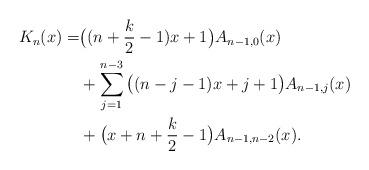
LaTeX: \begin{align*}K_n(x)=& \big((n+\frac{k}{2}-1)x+1\big)A_{n-1,0}(x) \\& + \sum_{j=1}^{n-3}\big((n-j-1)x+j+1\big)A_{n-1,j}(x)\\& + \big(x+n+\frac{k}{2}-1\big)A_{n-1,n-2}(x).\end{align*}